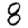
Digit: 8